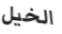
الخيل